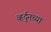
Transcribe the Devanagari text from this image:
व्हर्दुनच्या